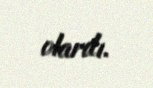
olardı.